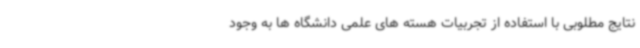
نتایج مطلوبی با استفاده از تجربیات هسته های علمی دانشگاه ها به وجود